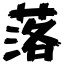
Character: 落